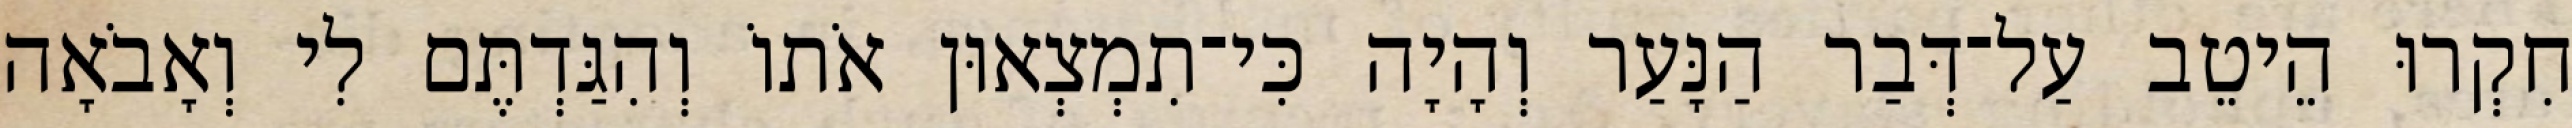
חִקְרוּ הֵיטֵב עַל־דְּבַר הַנָּעַר וְהָיָה כִּי־תִמְצְאוּן אֹתוֹ וְהִגַּדְתֶּם לִי וְאָבֹאָה